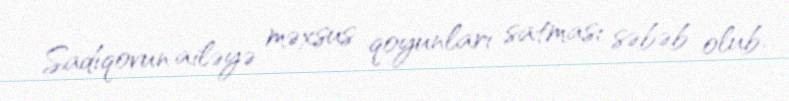
Sadıqovun ailəyə məxsus qoyunları satması səbəb olub.